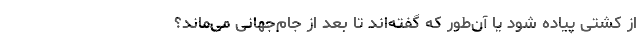
از کشتی پیاده شود یا آن‌طور که گفته‌اند تا بعد از جام‌جهانی می‌ماند؟